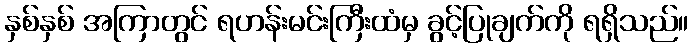
နှစ်နှစ် အကြာတွင် ရဟန်းမင်းကြီးထံမှ ခွင့်ပြုချက်ကို ရရှိသည်။